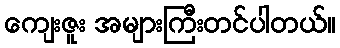
ကျေးဇူး အများကြီးတင်ပါတယ်။